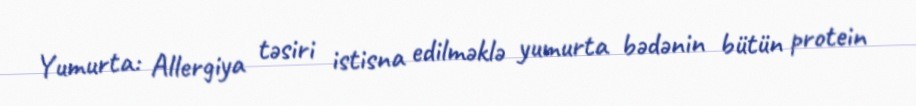
Yumurta: Allergiya təsiri istisna edilməklə yumurta bədənin bütün protein